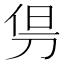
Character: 𠜬